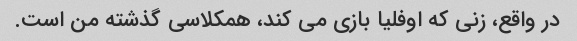
در واقع، زنی که اوفلیا بازی می کند، همکلاسی گذشته من است.